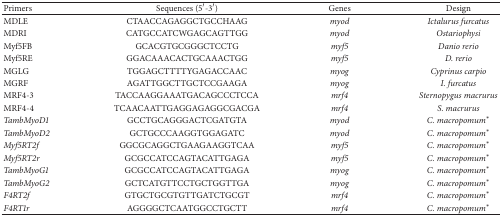
<table><thead><tr><td><b>Primers</b></td><td><b>Sequences (5′-3′)</b></td><td><b>Genes </b></td><td><b>Design</b></td></tr></thead><tbody><tr><td>MDLE</td><td>CTAACCAGAGGCTGCCHAAG</td><td><i>myod </i></td><td><i>Ictalurus furcatus </i></td></tr><tr><td>MDRI</td><td>CATGCCATCWGAGCAGTTGG</td><td><i>myod </i></td><td><i>Ostariophysi </i></td></tr><tr><td>Myf5FB</td><td>GCACGTGCGGGCTCCTG</td><td><i>myf5 </i></td><td><i>Danio rerio </i></td></tr><tr><td>Myf5RE</td><td>GGACAAACACTGCAAACTGG</td><td><i>myf5 </i></td><td><i>D. rerio </i></td></tr><tr><td>MGLG</td><td>TGGAGCTTTTYGAGACCAAC</td><td><i>myog </i></td><td><i>Cyprinus carpio </i></td></tr><tr><td>MGRF</td><td>AGATTGGCTTGCTCCGAAGA</td><td><i>myog </i></td><td><i>I. furcatus </i></td></tr><tr><td>MRF4-3</td><td>TACCAAGGAAATGACAGCCCTCCA</td><td><i>mrf4 </i></td><td><i>Sternopygus macrurus </i></td></tr><tr><td>MRF4-4</td><td>TCAACAATTGAGGAGAGGCGACGA</td><td><i>mrf4 </i></td><td><i>S. macrurus </i></td></tr><tr><td><i>TambMyoD1 </i></td><td>GCCTGCAGGGACTCGATGTA</td><td><i>myod </i></td><td><i>C. macropomum*</i></td></tr><tr><td><i>TambMyoD2 </i></td><td>GCTGCCCAAGGTGGAGATC</td><td><i>myod </i></td><td><i>C. macropomum*</i></td></tr><tr><td><i>Myf5RT2f </i></td><td>GGCGCAGGCTGAAGAAGGTCAA</td><td><i>myf5 </i></td><td><i>C. macropomum*</i></td></tr><tr><td><i>Myf5RT2r </i></td><td>GCGCCATCCAGTACATTGAGA</td><td><i>myf5 </i></td><td><i>C. macropomum*</i></td></tr><tr><td><i>TambMyoG1 </i></td><td>GCGCCATCCAGTACATTGAGA</td><td><i>myog </i></td><td><i>C. macropomum*</i></td></tr><tr><td><i>TambMyoG2 </i></td><td>GCTCATGTTCCTGCTGGTTGA</td><td><i>myog </i></td><td><i>C. macropomum*</i></td></tr><tr><td><i>F4RT2f </i></td><td>GTGCTGCGTGTTGATCTGCGT</td><td><i>mrf4 </i></td><td><i>C. macropomum*</i></td></tr><tr><td><i>F4RT1r </i></td><td>AGGGGCTCAATGGCCTGCTT</td><td><i>mrf4 </i></td><td><i>C. macropomum*</i></td></tr></tbody></table>